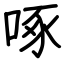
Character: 啄